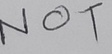
Text: NOT